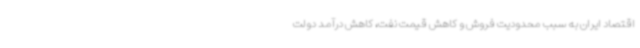
اقتصاد ایران به سبب محدودیت فروش و کاهش قیمت نفت، کاهش درآمد دولت